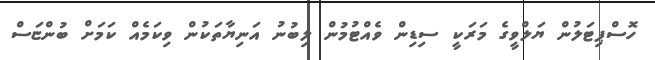
ހޮސްޕިޓަލުން ޔަލްވީގެ މަރަކީ ސިޑިން ވެއްޓުމުން ލިބުނު އަނިޔާތަކުން ވިކަމެއް ކަމަށް ބުންޏަސް